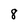
Character: 8